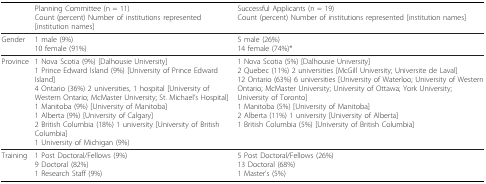
|  | Planning Committee (n = 11)Count (percent) Number of institutions represented [institution names] | Successful Applicants (n = 19)Count (percent) Number of institutions represented [institution names] |
 | --- | --- | --- |
 | Gender | 1 male (9%)10 female (91%) | 5 male (26%)14 female (74%)* |
 | Province | 1 Nova Scotia (9%) [Dalhousie University]1 Prince Edward Island (9%) [University of Prince Edward Island]4 Ontario (36%) 2 universities, 1 hospital [University of Western Ontario; McMaster University; St. Michael's Hospital]1 Manitoba (9%) [University of Manitoba]1 Alberta (9%) [University of Calgary]2 British Columbia (18%) 1 university [University of British Columbia]1 University of Michigan (9%) | 1 Nova Scotia (5%) [Dalhousie University]2 Quebec (11%) 2 universities [McGill University; Universite de Laval]12 Ontario (63%) 6 universities [University of Waterloo; University of Western Ontario; McMaster University; University of Ottawa; York University; University of Toronto]1 Manitoba (5%) [University of Manitoba]2 Alberta (11%) 1 university [University of Alberta]1 British Columbia (5%) [University of British Columbia] |
 | Training | 1 Post Doctoral/Fellows (9%)9 Doctoral (82%)1 Research Staff (9%) | 5 Post Doctoral/Fellows (26%)13 Doctoral (68%)1 Master's (5%) |